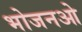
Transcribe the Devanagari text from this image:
भोजनओ